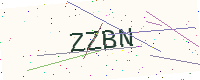
Text: ZZBN